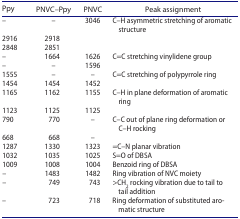
| Ppy | PNVC–Ppy | PNVC | Peak assignment |
 | --- | --- | --- | --- |
 | – | – | 3046 | C–H asymmetric stretching of aromatic structure |
 | 2916 | 2918 |  |  |
 | 2848 | 2851 |  |  |
 | – | 1664 | 1626 | C=C stretching vinylidene group |
 | – | – | 1596 |  |
 | 1555 | – | – | C=C stretching of polypyrrole ring |
 | 1454 | 1454 | 1452 |  |
 | 1165 | 1162 | 1155 | C–H in plane deformation of aromatic ring |
 | 1123 | 1125 | 1125 |  |
 | 790 | 770 | – | C–C out of plane ring deformation or C–H rocking |
 | 668 | 668 | – |  |
 | 1287 | 1330 | 1323 | =C–N planar vibration |
 | 1032 | 1035 | 1025 | S=O of DBSA |
 | 1009 | 1008 | 1004 | Benzoid ring of DBSA |
 | – | 1483 | 1482 | Ring vibration of NVC moiety |
 | – | 749 | 743 | >CH2 rocking vibration due to tail to tail addition |
 | – | 723 | 718 | Ring deformation of substituted aromatic structure |